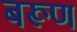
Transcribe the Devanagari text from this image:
बरूण